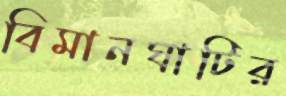
বিমানঘাটির